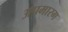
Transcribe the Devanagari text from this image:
अपमारग